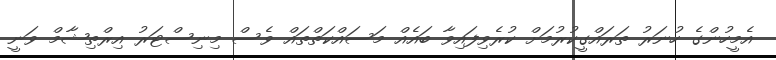
އެމީހުންގެ ހުނަރު ތަރައްގީކުރުމަށް ކުރެވިފައިވާ ބައެއް މަސައްކަތްތައް ވެސް މިނިސްޓަރު އިރްތިޝާމް ވަނީ